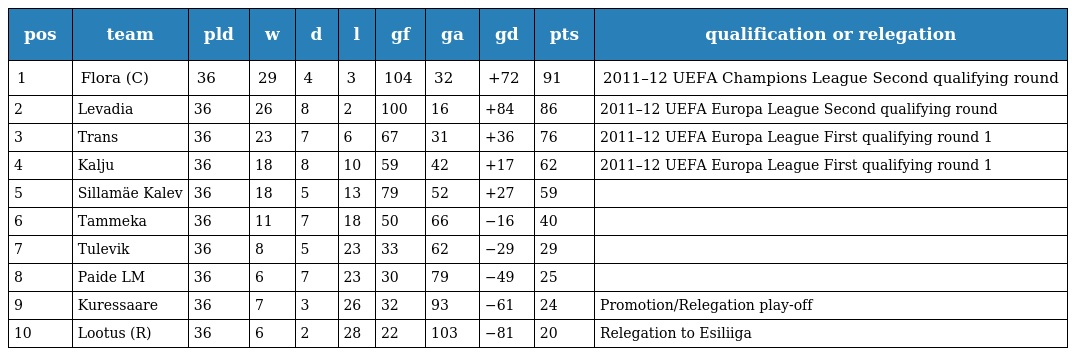
| pos | team | pld | w | d | l | gf | ga | gd | pts | qualification or relegation |
 | --- | --- | --- | --- | --- | --- | --- | --- | --- | --- | --- |
 | 1 | Flora (C) | 36 | 29 | 4 | 3 | 104 | 32 | +72 | 91 | 2011–12 UEFA Champions League Second qualifying round |
 | 2 | Levadia | 36 | 26 | 8 | 2 | 100 | 16 | +84 | 86 | 2011–12 UEFA Europa League Second qualifying round |
 | 3 | Trans | 36 | 23 | 7 | 6 | 67 | 31 | +36 | 76 | 2011–12 UEFA Europa League First qualifying round 1 |
 | 4 | Kalju | 36 | 18 | 8 | 10 | 59 | 42 | +17 | 62 | 2011–12 UEFA Europa League First qualifying round 1 |
 | 5 | Sillamäe Kalev | 36 | 18 | 5 | 13 | 79 | 52 | +27 | 59 |  |
 | 6 | Tammeka | 36 | 11 | 7 | 18 | 50 | 66 | −16 | 40 |  |
 | 7 | Tulevik | 36 | 8 | 5 | 23 | 33 | 62 | −29 | 29 |  |
 | 8 | Paide LM | 36 | 6 | 7 | 23 | 30 | 79 | −49 | 25 |  |
 | 9 | Kuressaare | 36 | 7 | 3 | 26 | 32 | 93 | −61 | 24 | Promotion/Relegation play-off |
 | 10 | Lootus (R) | 36 | 6 | 2 | 28 | 22 | 103 | −81 | 20 | Relegation to Esiliiga |